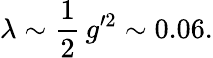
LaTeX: \lambda\sim\frac{1}{2}\, g^{\prime 2}\sim 0.06.